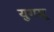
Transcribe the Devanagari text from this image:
युगस्रू